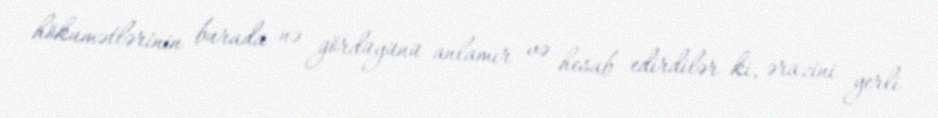
hökumətlərinin burada nə gördüyünü anlamır və hesab edirdilər ki, ərazini yerli